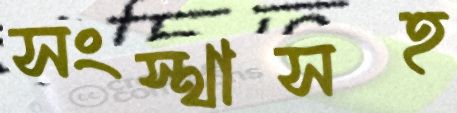
সংস্থাসহ